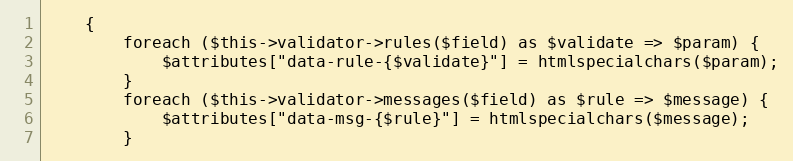
Language: PHP
    {
        foreach ($this->validator->rules($field) as $validate => $param) {
            $attributes["data-rule-{$validate}"] = htmlspecialchars($param);
        }
        foreach ($this->validator->messages($field) as $rule => $message) {
            $attributes["data-msg-{$rule}"] = htmlspecialchars($message);
        }